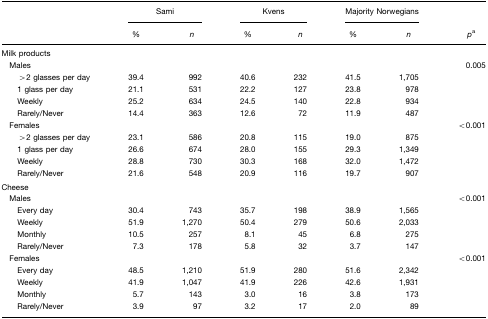
<table><thead><tr><td rowspan="3"></td><td colspan="2"><b>Sami</b></td><td colspan="2"><b>Kvens</b></td><td colspan="2"><b>Majority Norwegians</b></td><td rowspan="3"><b><i>p</i>a</b></td></tr><tr><td><b>%</b></td><td><b><i>n</i></b></td><td><b>%</b></td><td><b><i>n</i></b></td><td><b>%</b></td><td><b><i>n</i></b></td></tr></thead><tbody><tr><td colspan="8">Milk products</td></tr><tr><td> Males</td><td></td><td></td><td></td><td></td><td></td><td></td><td>0.005</td></tr><tr><td>&gt;2 glasses per day</td><td>39.4</td><td>992</td><td>40.6</td><td>232</td><td>41.5</td><td>1,705</td><td></td></tr><tr><td>1 glass per day</td><td>21.1</td><td>531</td><td>22.2</td><td>127</td><td>23.8</td><td>978</td><td></td></tr><tr><td>Weekly</td><td>25.2</td><td>634</td><td>24.5</td><td>140</td><td>22.8</td><td>934</td><td></td></tr><tr><td>Rarely/Never</td><td>14.4</td><td>363</td><td>12.6</td><td>72</td><td>11.9</td><td>487</td><td></td></tr><tr><td> Females</td><td></td><td></td><td></td><td></td><td></td><td></td><td>&lt;0.001</td></tr><tr><td>&gt;2 glasses per day</td><td>23.1</td><td>586</td><td>20.8</td><td>115</td><td>19.0</td><td>875</td><td></td></tr><tr><td>1 glass per day</td><td>26.6</td><td>674</td><td>28.0</td><td>155</td><td>29.3</td><td>1,349</td><td></td></tr><tr><td>Weekly</td><td>28.8</td><td>730</td><td>30.3</td><td>168</td><td>32.0</td><td>1,472</td><td></td></tr><tr><td>Rarely/Never</td><td>21.6</td><td>548</td><td>20.9</td><td>116</td><td>19.7</td><td>907</td><td></td></tr><tr><td colspan="8">Cheese</td></tr><tr><td> Males</td><td></td><td></td><td></td><td></td><td></td><td></td><td>&lt;0.001</td></tr><tr><td>Every day</td><td>30.4</td><td>743</td><td>35.7</td><td>198</td><td>38.9</td><td>1,565</td><td></td></tr><tr><td>Weekly</td><td>51.9</td><td>1,270</td><td>50.4</td><td>279</td><td>50.6</td><td>2,033</td><td></td></tr><tr><td>Monthly</td><td>10.5</td><td>257</td><td>8.1</td><td>45</td><td>6.8</td><td>275</td><td></td></tr><tr><td>Rarely/Never</td><td>7.3</td><td>178</td><td>5.8</td><td>32</td><td>3.7</td><td>147</td><td></td></tr><tr><td> Females</td><td></td><td></td><td></td><td></td><td></td><td></td><td>&lt;0.001</td></tr><tr><td>Every day</td><td>48.5</td><td>1,210</td><td>51.9</td><td>280</td><td>51.6</td><td>2,342</td><td></td></tr><tr><td>Weekly</td><td>41.9</td><td>1,047</td><td>41.9</td><td>226</td><td>42.6</td><td>1,931</td><td></td></tr><tr><td>Monthly</td><td>5.7</td><td>143</td><td>3.0</td><td>16</td><td>3.8</td><td>173</td><td></td></tr><tr><td>Rarely/Never</td><td>3.9</td><td>97</td><td>3.2</td><td>17</td><td>2.0</td><td>89</td><td></td></tr></tbody></table>